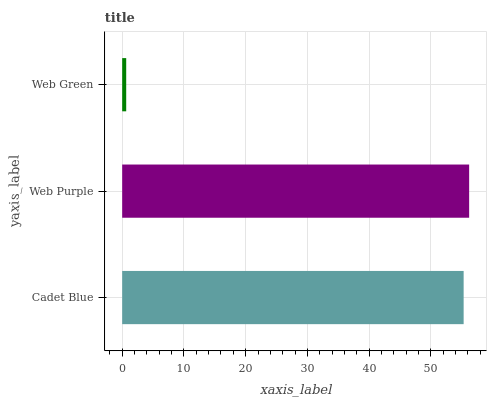
| yaxis_label | bars |
 | --- | --- |
 | Cadet Blue | 55.3 |
 | Web Purple | 56.2 |
 | Web Green | 0.651 |